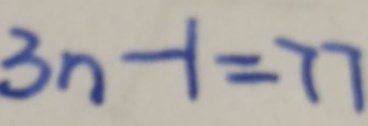
3 n - 1 = 7 7